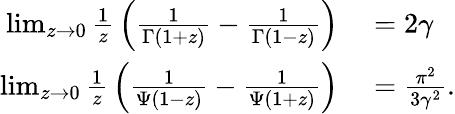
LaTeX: \begin{array}{rl}{\operatorname*{lim}_{z\to 0}{\frac{1}{z}}\left({\frac{1}{\Gamma(1+z)}}-{\frac{1}{\Gamma(1-z)}}\right)}&{{}=2\gamma}\\ {\operatorname*{lim}_{z\to 0}{\frac{1}{z}}\left({\frac{1}{\Psi(1-z)}}-{\frac{1}{\Psi(1+z)}}\right)}&{{}={\frac{\pi^{2}}{3\gamma^{2}}}.}\end{array}